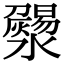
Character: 𤃄